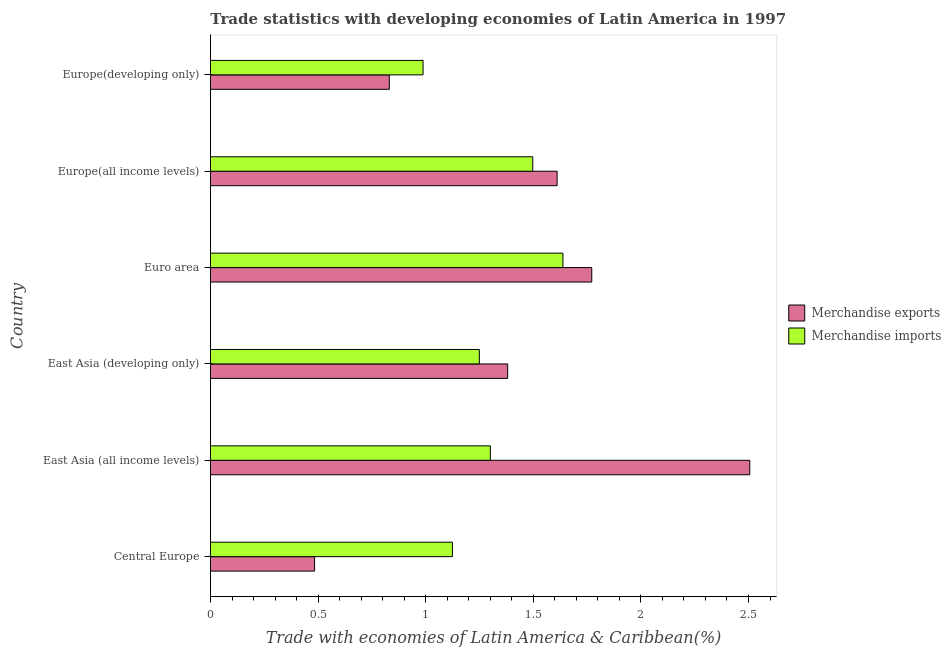
| Country | Merchandise exports | Merchandise imports |
 | --- | --- | --- |
 | Central Europe | 0.484 | 1.12 |
 | East Asia (all income levels) | 2.51 | 1.3 |
 | East Asia (developing only) | 1.38 | 1.25 |
 | Euro area | 1.77 | 1.64 |
 | Europe(all income levels) | 1.61 | 1.5 |
 | Europe(developing only) | 0.831 | 0.988 |